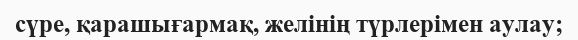
сүре, қарашығармақ, желінің түрлерімен аулау;